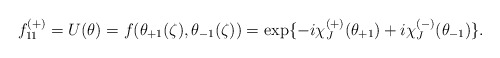
\begin{align*}f^{(+)}_{11}=U(\theta)=f(\theta_{+1}(\zeta),\theta_{-1}(\zeta))=\exp \{ -i\chi^{(+)}_{J}(\theta_{+1})+i\chi^{(-)}_{J}(\theta_{-1}) \}.\end{align*}